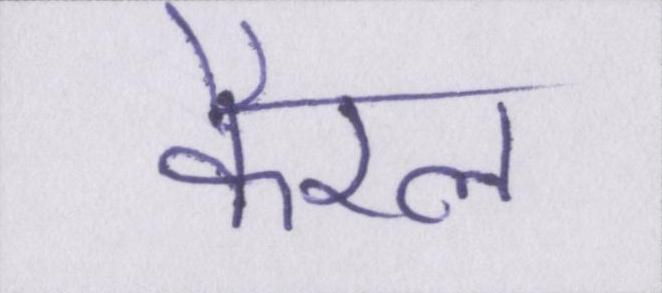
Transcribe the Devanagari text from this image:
कैरल